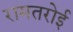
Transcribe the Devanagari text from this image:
रामतरोई